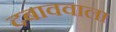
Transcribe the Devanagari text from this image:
दबाववाला